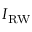
I _ { \mathrm { R W } }